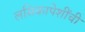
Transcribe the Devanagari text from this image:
लसिकापेशींची